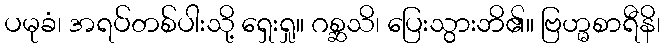
ပမုခံ၊ အရပ်တစ်ပါးသို့ ရှေးရှု။ ဂစ္ဆသိ၊ ပြေးသွားဘိ၏။ ဗြဟ္မစာရီနိ၊